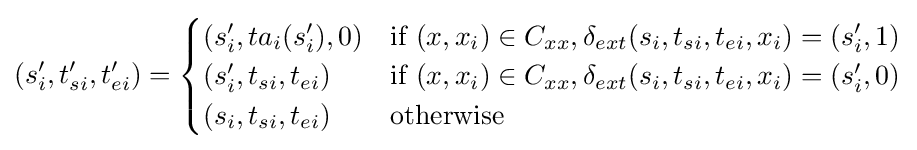
(s_{i}',t_{si}',t_{ei}')={\begin{cases}(s_{i}',ta_{i}(s_{i}'),0)&{\text{if }}(x,x_{i})\in C_{xx},\delta _{ext}(s_{i},t_{si},t_{ei},x_{i})=(s_{i}',1)\\(s_{i}',t_{si},t_{ei})&{\text{if }}(x,x_{i})\in C_{xx},\delta _{ext}(s_{i},t_{si},t_{ei},x_{i})=(s_{i}',0)\\(s_{i},t_{si},t_{ei})&{\text{otherwise}}\end{cases}}